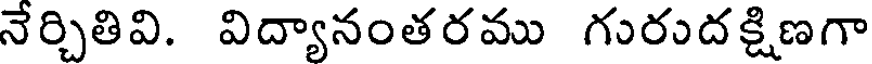
నేర్చితివి. విద్యానంతరము గురుదక్షిణగా